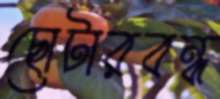
ছোটারবন্ধ